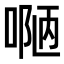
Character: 𠸳